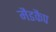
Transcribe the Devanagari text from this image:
मैडकैप